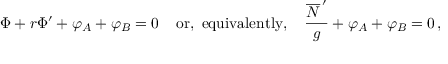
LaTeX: { \Phi } + r { \Phi } ^ { \prime } + { \varphi } _ { A } + { \varphi } _ { B } = 0 \; \; \; \; \mathrm { o r , ~ e q u i v a l e n t l y , } \; \; \; \; \frac { \overline { { { \cal { N } } } } ^ { \, \prime } } { g } + { \varphi } _ { A } + { \varphi } _ { B } = 0 \, ,